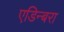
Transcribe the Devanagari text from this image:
एडिन्बरा